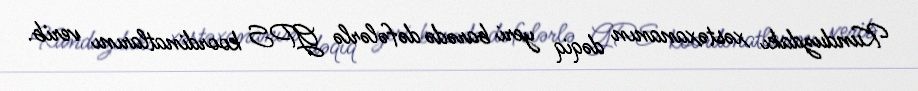
Kunduzdakı xəstəxananın dəqiq yeri barədə dəfələrlə GPS koordinatlarını verib.